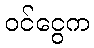
ဝင်ငွေက